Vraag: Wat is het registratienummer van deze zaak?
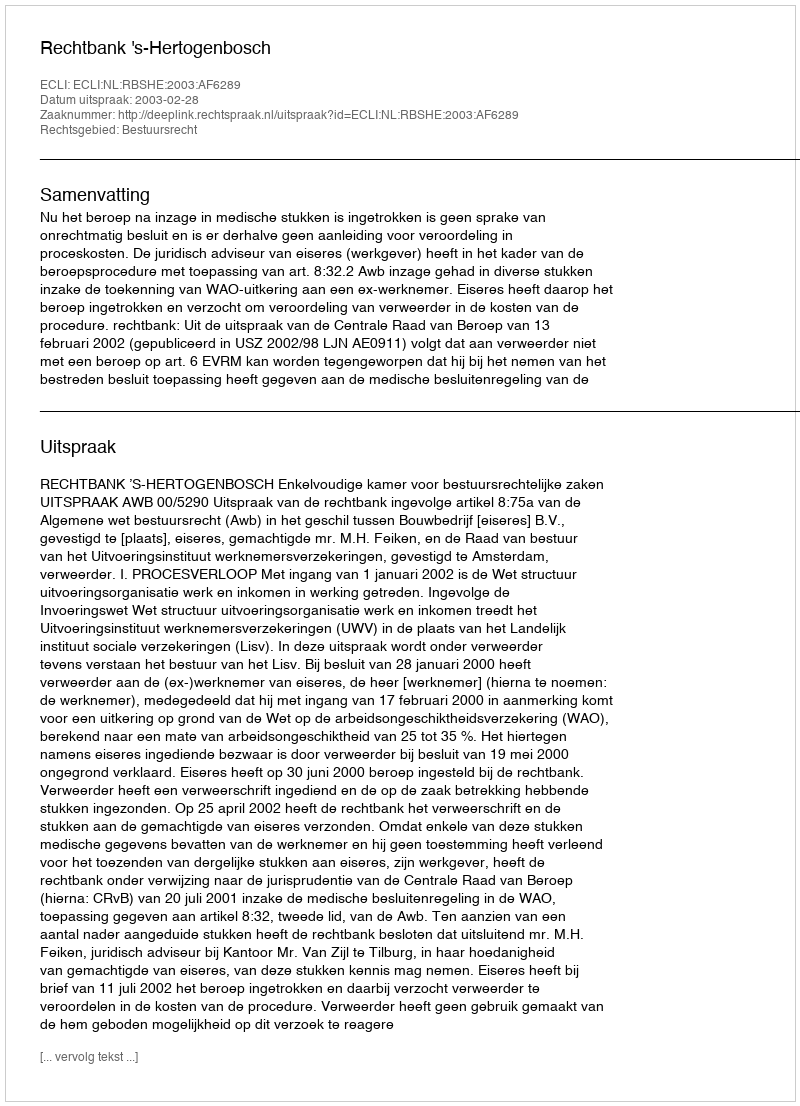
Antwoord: http://deeplink.rechtspraak.nl/uitspraak?id=ECLI:NL:RBSHE:2003:AF6289